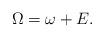
LaTeX: \begin{align*}\Omega = \omega + E.\end{align*}